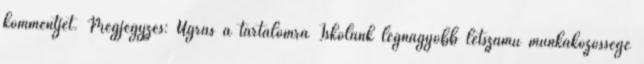
kommentjét. Megjegyzés: Ugrás a tartalomra Iskolánk legnagyobb létszámú munkaközössége